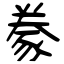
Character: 豢